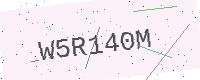
Text: W5R140M